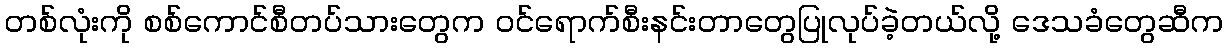
တစ်လုံးကို စစ်ကောင်စီတပ်သားတွေက ဝင်ရောက်စီးနင်းတာတွေပြုလုပ်ခဲ့တယ်လို့ ဒေသခံတွေဆီက